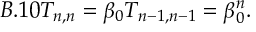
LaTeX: B . 1 0 T _ { n , n } = \beta _ { 0 } T _ { n - 1 , n - 1 } = \beta _ { 0 } ^ { n } .